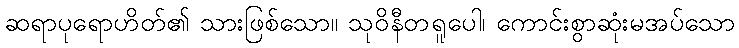
ဆရာပုရောဟိတ်၏ သားဖြစ်သော။ သုဝိနီတရူပေါ၊ ကောင်းစွာဆုံးမအပ်သော